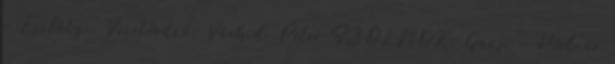
– Eszlátyi. Vezetőedző: Várhidi Péter SZOLNOK: Gazsi – Molnár